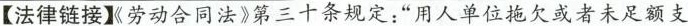
【法律链接《劳动合同法》第三十条规定：“用人单位拖欠或者未足额支